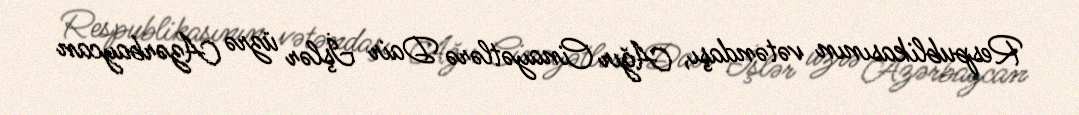
Respublikasının vətəndaşı, Ağır Cinayətlərə Dair İşlər üzrə Azərbaycan